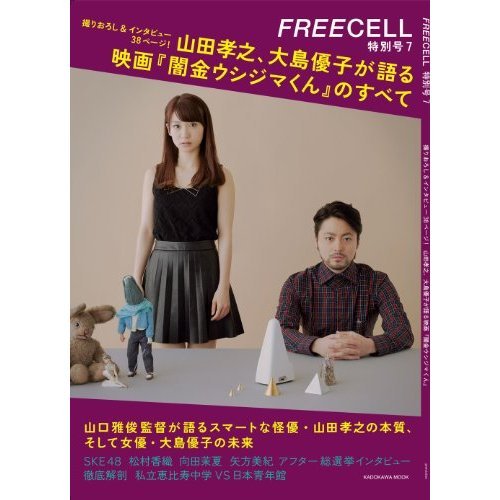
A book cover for Guam (Kadokawa Travel Handbook) (1991) ISBN: 4048250191 [Japanese Import]; Travel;